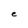
Character: e